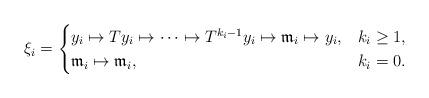
LaTeX: \begin{align*} \xi_i=\begin{cases} y_i\mapsto Ty_i\mapsto \cdots\mapsto T^{k_i-1}y_i\mapsto \mathfrak{m}_i\mapsto y_i,& k_i\geq 1,\\ \mathfrak{m}_i\mapsto \mathfrak{m}_i,& k_i=0. \end{cases}\end{align*}